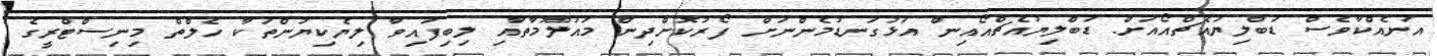
އަނެއްކާވެސް ޑަބްލިޔުއެޗްއޯއަށް. ޑަބްލިޔުއެޗްއޯއިން އަޅުގަނޑުމެންނަށް ފޯރުކޮށްދިން މައުލޫމާތާއި ލިބިފައިވާ ލިޔެކިޔުންތަކާ ހެލްތް މިނިސްޓްރީގެ